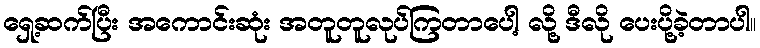
ရှေ့ဆက်ပြီး အကောင်းဆုံး အတူတူလုပ်ကြတာပေါ့ လို့ ဒီလို ပေးပို့ခဲ့တာပါ။